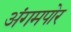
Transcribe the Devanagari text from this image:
अंगमपोर